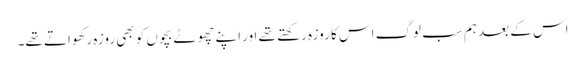
اس کے بعد ہم سب لوگ اس کا روزہ رکھتے تھے اور اپنے چھوٹے بچوں کو بھی روزہ رکھواتے تھے۔